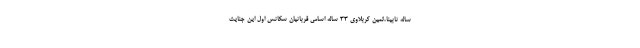
ساله نابینا،ثمین کربلاوی 33 ساله اسامی قربانیان سکانس اول این جنایت